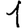
Digit: 1